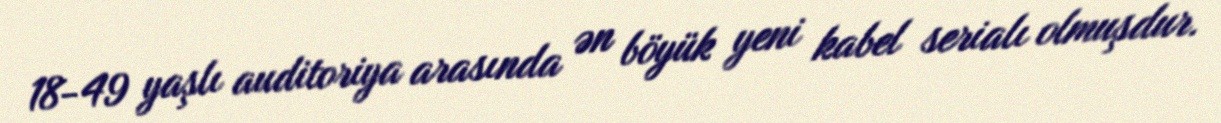
18-49 yaşlı auditoriya arasında ən böyük yeni kabel serialı olmuşdur.